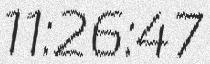
11:26:47